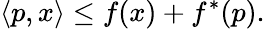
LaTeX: \left\langle p,x\right\rangle\leq f(x)+f^{*}(p).